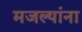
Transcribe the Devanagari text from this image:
मजल्यांना